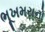
ભૂખમરાનો